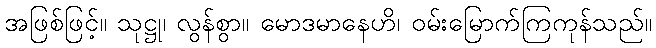
အဖြစ်ဖြင့်။ သုဋ္ဌု၊ လွန်စွာ။ မောဒမာနေဟိ၊ ဝမ်းမြောက်ကြကုန်သည်။